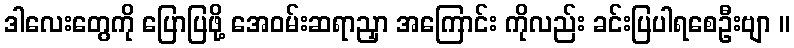
ဒါလေးတွေကို ပြောပြဖို့ အေဝမ်းဆရာညှာ အကြောင်း ကိုလည်း ခင်းပြပါရစေဦးဗျာ ။